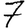
Digit: 7